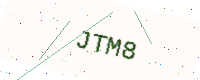
Text: JTM8